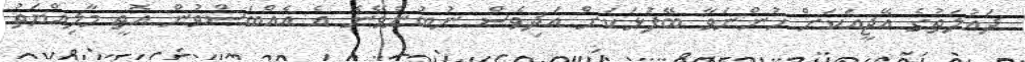
ދައުލަތުގެ އޭޖީއަކަށް ހުންނަވާ ބޭފުޅަކަށް އަދިވެސް ނުބުނެވޭނެ އެ އެއްބަސްވުން އޮތީ މާލިއްޔަތު